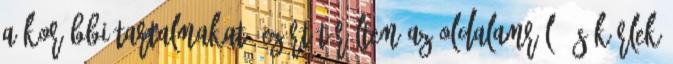
a korábbi tartalmakat, ezért töröltem az oldalamról, és kérlek